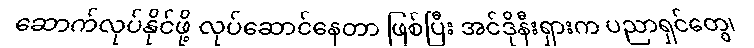
ဆောက်လုပ်နိုင်ဖို့ လုပ်ဆောင်နေတာ ဖြစ်ပြီး အင်ဒိုနီးရှားက ပညာရှင်တွေ၊